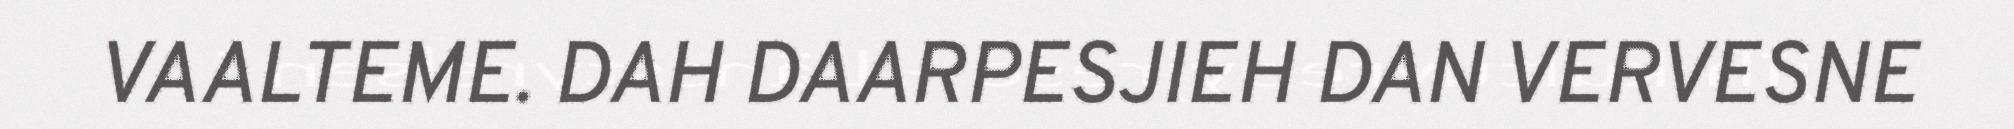
VAALTEME. DAH DAARPESJIEH DAN VERVESNE